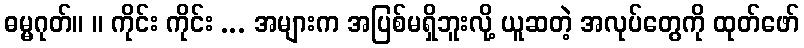
ဓမ္မဂုတ်။ ။ ကိုင်း ကိုင်း ... အများက အပြစ်မရှိဘူးလို့ ယူဆတဲ့ အလုပ်တွေကို ထုတ်ဖော်